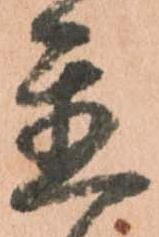
置